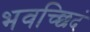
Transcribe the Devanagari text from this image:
भवच्छिदं